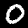
Digit: 0